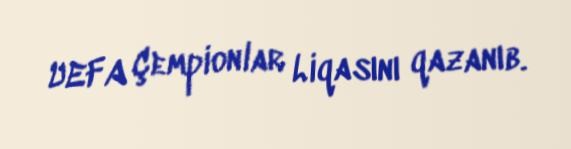
UEFA Çempionlar Liqasını qazanıb.